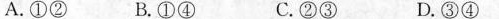
A.①②B.①④ C.②③ D.③④